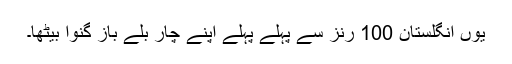
یوں انگلستان 100 رنز سے پہلے پہلے اپنے چار بلے باز گنوا بیٹھا۔